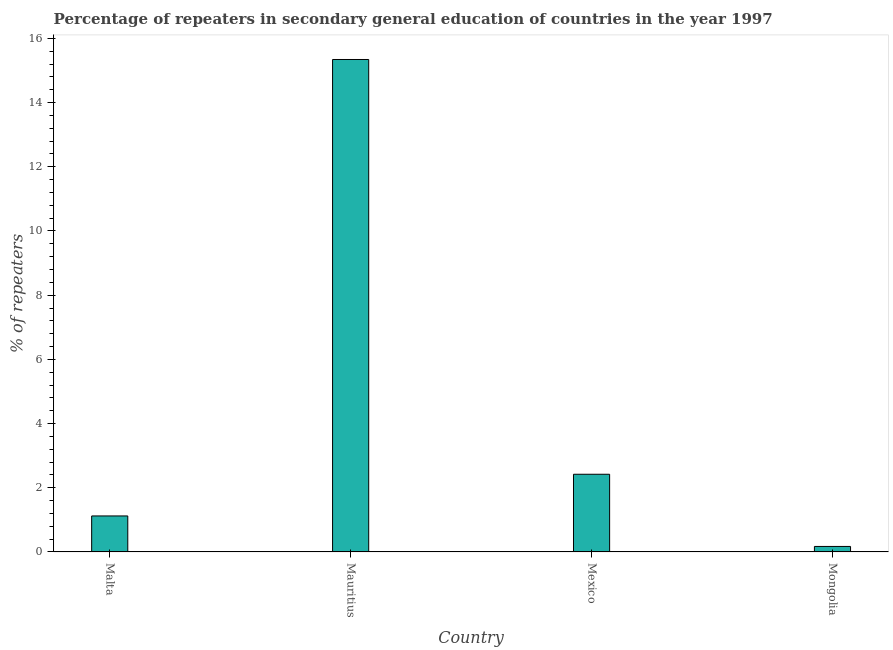
| Country | Percentage of repeaters |
 | --- | --- |
 | Malta | 1.12 |
 | Mauritius | 15.3 |
 | Mexico | 2.42 |
 | Mongolia | 0.171 |